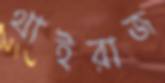
থাইরাজ